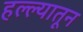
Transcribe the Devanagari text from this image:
हल्ल्यातून